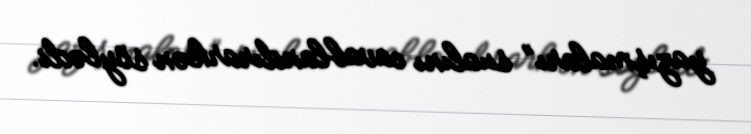
yazışmaları” sualını cavablandırarkən söylədi.